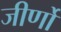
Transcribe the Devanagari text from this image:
जीर्णो